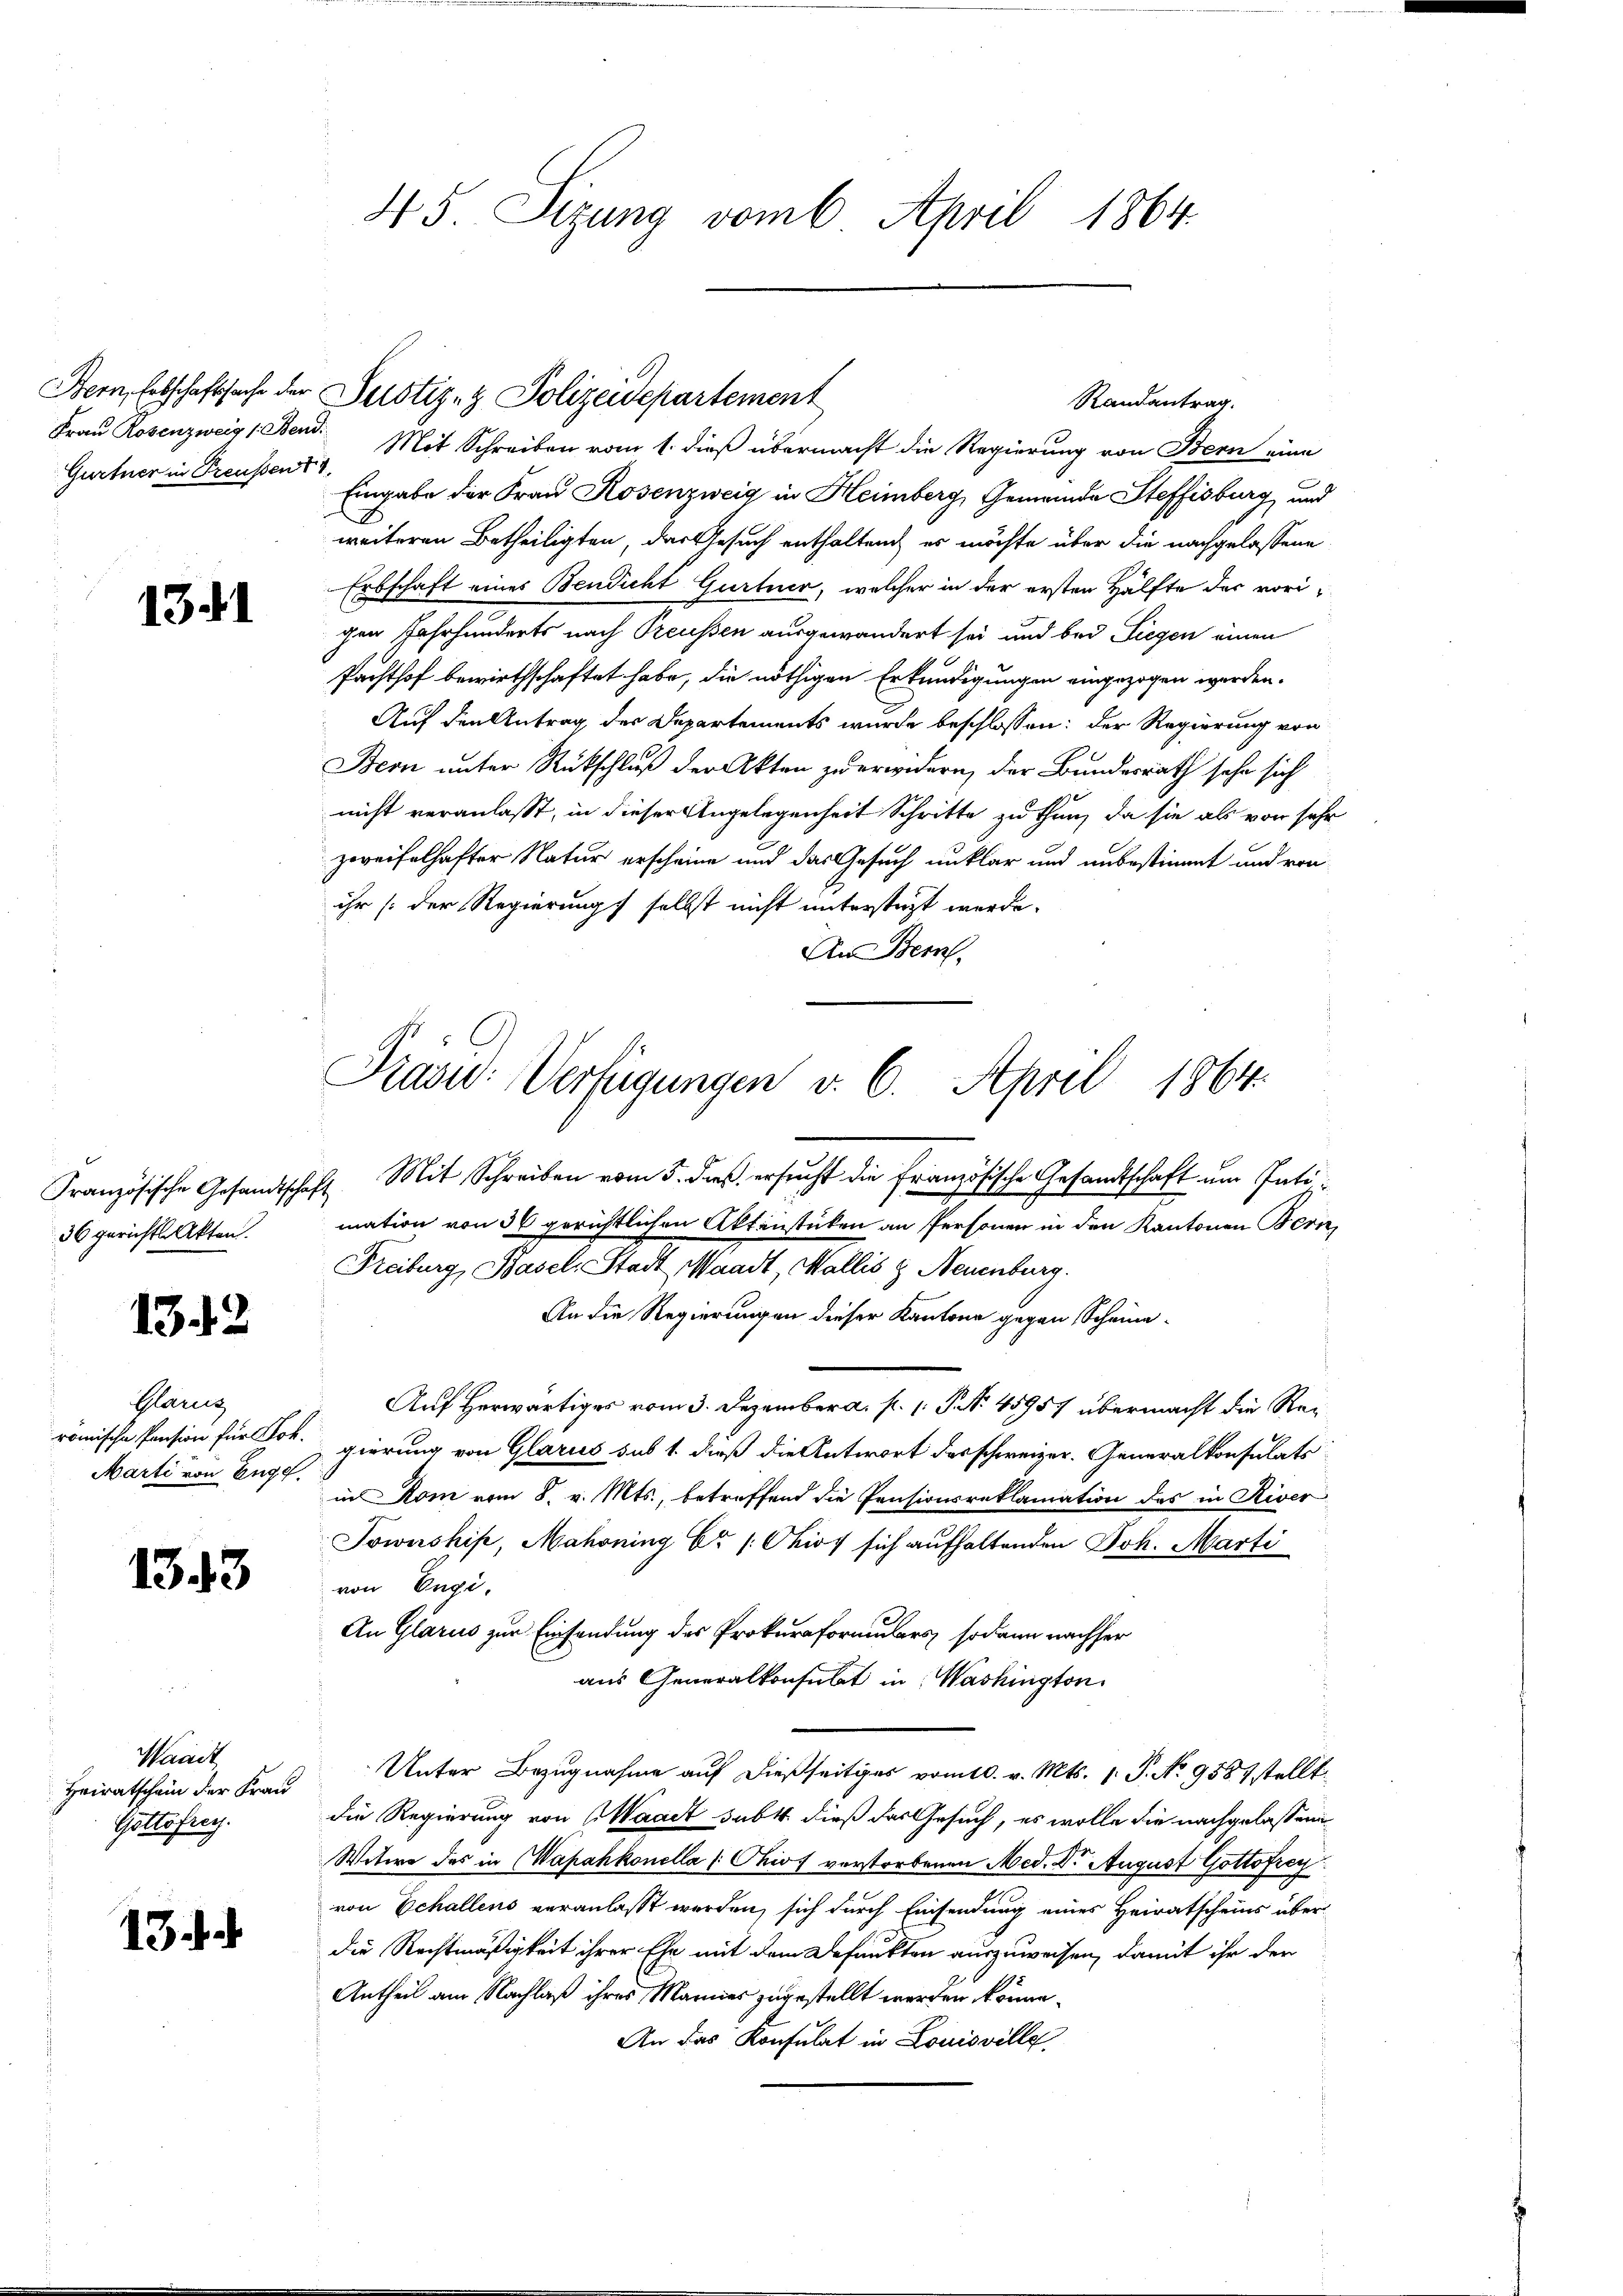
Gurtner in Preußen 4

1341

36 gerichtl. Akten.

1342

Han
römische Pension für For
Marti von Enge.

1343

Waadt
Heiratschein der Frau
Gottsfrey.

13.

45. Sizung vom 6. April 1864.

Frau Rosenzweig 1 Band. Mit Schreiben vom 1. dieß übermacht die Regierung von Bern eine
Eingabe der Frau Rosenzweig in Heimberg, Gemeinde Steffisburg und
weiteren Betheiligten, das Gesuch enthaltend, er möchte über die nachgelassene
Erbschaft eines Bendicht Gurtner, welcher in der ersten Hälfte der vorigen Jahrhunderts nach Preussen ausgewandert sei und bei Liegen einen
Pachthof bewirthschaftet habe, die nöthigen Erkundigungen eingezogen werden.
Auf den Antrag der Departements wurde beschlossen: der Regierung von
Bern unter Rückschluß der Akten zu erwidern, der Bundesrath sehe sich
nicht veranlasst, in dieser Angelegenheit Schritte zu thun, da sie als von sehr
zweifelhafter Natur erscheine und das Gesuch unklar und unbestimmt und von
ihr (der Regierungs selbst nicht unterstüzt werde.
An Bem

Bern, Erbschaftssache der Justiz- & Polizeidepartement

Randantrag.

Präsid. Verfügungen v. 6. April 1864.

Französische Gesandtschaft. Mit Schreiben vom 5. dieß ersŭcht die französische Gesandtschaft um Patimation von 3% gerichtlichen Aktenstücken an Personen in den Kantonen Bern,
Freiburg, Basel, Stadt, Waadt, Wallis & Neuenburg.
An die Regierungen dieser Kantone gegen Scheina¬
Auf Herwärtiges vom 3. Dezember a. p. P. Nr. 45957 übermacht die Reigierung von Glarus sub 1. dieß die Antwort des schweizer. Generalkonsulats
in Rom vom 8. v. Mts., betreffend die Pensionsreklamation des in River
Townshipe, Mahoning Er /: Ohios sich aufhaltenden Joh. Marti
von Engi-
An Glarus zur Einsendung des Prokuraformulars, sodann nachher
aus Generalkonsulat in Washington
Unter Bezugnahme auf dießseitiges vom 10. v. Mts. 1. P. No 9587 stellt
die Regierung von Waadt subt dieß das Gesuch, es wolle die nachgelassene
Witwe des in Wapahkonella (Chios vorstorbenen Med. Dr. August Gottofrey
von Echallens veranlaßt werden, sich durch Einsendung eines Heiratscheins über
die Rechtmäßigkeit ihrer Ehe mit dem Befunkten auszuweisen, damit ihr den
Antheil am Nachlaß ihres Mannes zugestellt werden könne.
An das Konsulat in Louisville,